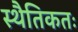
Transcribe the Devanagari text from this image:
स्थैतिकतः